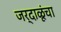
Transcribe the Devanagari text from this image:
जर्दाळूंचा